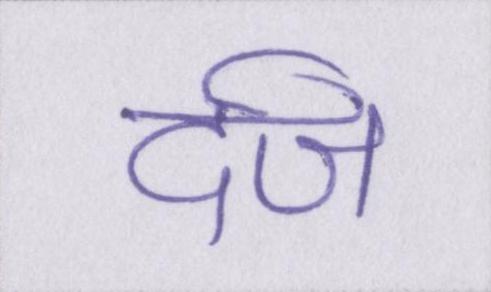
र्दज